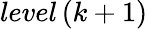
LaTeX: {level}\left(k+1\right)